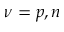
\nu = p , n